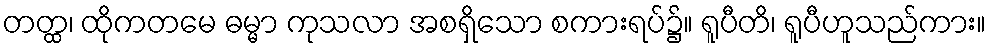
တတ္ထ၊ ထိုကတမေ ဓမ္မာ ကုသလာ အစရှိသော စကားရပ်၌။ ရူပီတိ၊ ရူပီဟူသည်ကား။